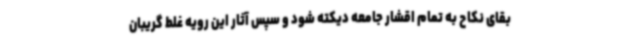
بقای نکاح به تمام اقشار جامعه دیکته شود و سپس آثار این رویه غلط گریبان